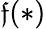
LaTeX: \mathfrak{f}(*)